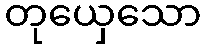
တုယှေသော